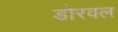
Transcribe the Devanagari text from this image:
डोरवल